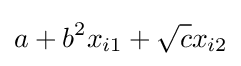
a+b^{2}x_{i1}+{\sqrt {c}}x_{i2}